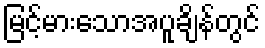
မြင့်မားသောအပူချိန်တွင်